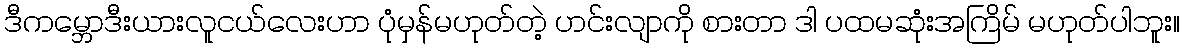
ဒီကမ္ဘောဒီးယားလူငယ်လေးဟာ ပုံမှန်မဟုတ်တဲ့ ဟင်းလျာကို စားတာ ဒါ ပထမဆုံးအကြိမ် မဟုတ်ပါဘူး။